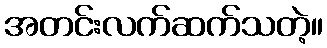
အတင်းလက်ဆက်သတဲ့။